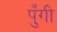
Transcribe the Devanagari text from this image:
पुँगी